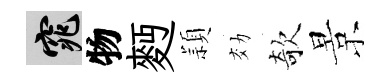
窕物麪頴効欹景